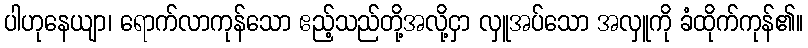
ပါဟုနေယျာ၊ ရောက်လာကုန်သော ဧည့်သည်တို့အလို့ငှာ လှူအပ်သော အလှူကို ခံထိုက်ကုန်၏။